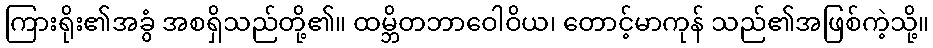
ကြားရိုး၏အခွံ အစရှိသည်တို့၏။ ထမ္ဘိတဘာဝေါဝိယ၊ တောင့်မာကုန် သည်၏အဖြစ်ကဲ့သို့။